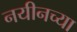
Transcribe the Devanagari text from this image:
नयीनच्या